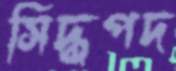
সিদ্ধপদ